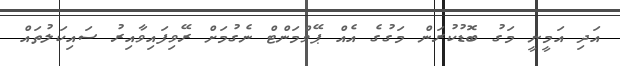
އަދި އަމީނީ މަގު ބޮޑުކުރަން މަގުގެ އެއް ޕޭވްމަންޓް ނެގުމަށް ރޭވިފައިވާއިރު ސައިކަލުތައް